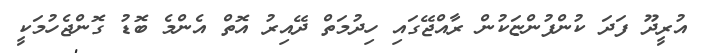
އުރީދޫ ފަދަ ކުންފުންޏަކުން ރާއްޖޭގައި ހިދުމަތް ދޭއިރު އޮތް އެންމެ ބޮޑު ގޮންޖެހުމަކީ